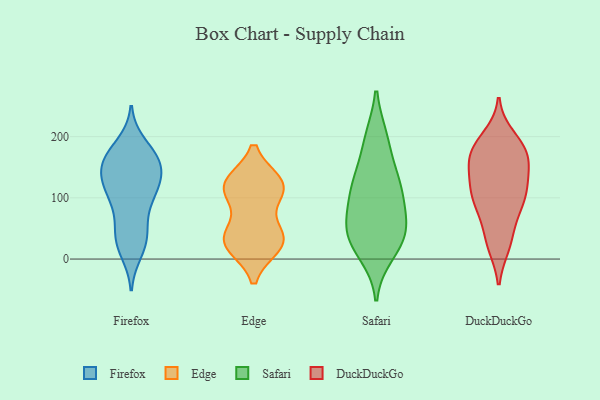
{"axis": {"x": "Market Share (%)", "y": "Value"}, "legend": ["DuckDuckGo", "Edge", "Firefox", "Safari"], "data": [{"x": "", "y": 113, "type": "Firefox"}, {"x": "", "y": 29, "type": "Firefox"}, {"x": "", "y": 186, "type": "Firefox"}, {"x": "", "y": 158, "type": "Firefox"}, {"x": "", "y": 39, "type": "Firefox"}, {"x": "", "y": 110, "type": "Firefox"}, {"x": "", "y": 135, "type": "Firefox"}, {"x": "", "y": 139, "type": "Firefox"}, {"x": "", "y": 113, "type": "Firefox"}, {"x": "", "y": 46, "type": "Firefox"}, {"x": "", "y": 158, "type": "Firefox"}, {"x": "", "y": 163, "type": "Firefox"}, {"x": "", "y": 26, "type": "Firefox"}, {"x": "", "y": 13, "type": "Firefox"}, {"x": "", "y": 118, "type": "Firefox"}, {"x": "", "y": 159, "type": "Firefox"}, {"x": "", "y": 76, "type": "Firefox"}, {"x": "", "y": 98, "type": "Firefox"}, {"x": "", "y": 175, "type": "Firefox"}, {"x": "", "y": 159, "type": "Firefox"}, {"x": "", "y": 110, "type": "Edge"}, {"x": "", "y": 35, "type": "Edge"}, {"x": "", "y": 124, "type": "Edge"}, {"x": "", "y": 22, "type": "Edge"}, {"x": "", "y": 25, "type": "Edge"}, {"x": "", "y": 37, "type": "Edge"}, {"x": "", "y": 124, "type": "Edge"}, {"x": "", "y": 113, "type": "Edge"}, {"x": "", "y": 34, "type": "Edge"}, {"x": "", "y": 119, "type": "Edge"}, {"x": "", "y": 40, "type": "Safari"}, {"x": "", "y": 31, "type": "Safari"}, {"x": "", "y": 55, "type": "Safari"}, {"x": "", "y": 123, "type": "Safari"}, {"x": "", "y": 135, "type": "Safari"}, {"x": "", "y": 195, "type": "Safari"}, {"x": "", "y": 60, "type": "Safari"}, {"x": "", "y": 30, "type": "Safari"}, {"x": "", "y": 121, "type": "Safari"}, {"x": "", "y": 109, "type": "Safari"}, {"x": "", "y": 81, "type": "Safari"}, {"x": "", "y": 10, "type": "Safari"}, {"x": "", "y": 196, "type": "Safari"}, {"x": "", "y": 112, "type": "DuckDuckGo"}, {"x": "", "y": 23, "type": "DuckDuckGo"}, {"x": "", "y": 30, "type": "DuckDuckGo"}, {"x": "", "y": 162, "type": "DuckDuckGo"}, {"x": "", "y": 185, "type": "DuckDuckGo"}, {"x": "", "y": 199, "type": "DuckDuckGo"}, {"x": "", "y": 148, "type": "DuckDuckGo"}, {"x": "", "y": 76, "type": "DuckDuckGo"}, {"x": "", "y": 74, "type": "DuckDuckGo"}, {"x": "", "y": 91, "type": "DuckDuckGo"}, {"x": "", "y": 27, "type": "DuckDuckGo"}, {"x": "", "y": 106, "type": "DuckDuckGo"}, {"x": "", "y": 106, "type": "DuckDuckGo"}, {"x": "", "y": 182, "type": "DuckDuckGo"}, {"x": "", "y": 110, "type": "DuckDuckGo"}, {"x": "", "y": 176, "type": "DuckDuckGo"}, {"x": "", "y": 125, "type": "DuckDuckGo"}, {"x": "", "y": 180, "type": "DuckDuckGo"}, {"x": "", "y": 152, "type": "DuckDuckGo"}, {"x": "", "y": 159, "type": "DuckDuckGo"}]}